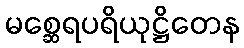
မစ္ဆေရပရိယုဋ္ဌိတေန